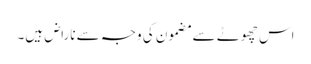
اس چھوٹے سے مضمون کی وجہ سے ناراض ہیں۔